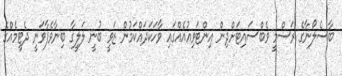
ބާސެލޯނާގެ ރަސްމީ ވެބްސައިޓަށްދިން އިންޓަވިއުއެއްގައި ވާހަކަދައްކަމުން ޒަވީ ބުނީ ލަލީގާ ބިނާވެފާވަނީ ދެޓީމެއްގެ